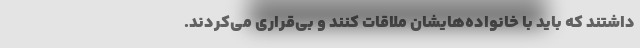
داشتند که باید با خانواده‌هایشان ملاقات کنند و بی‌قراری می‌کردند.